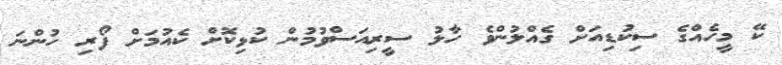
ކޭ މީހެއްގެ ސިކުޑިއަށް ގެއްލުންވެ ހާލު ސީރިއަސްވުމުން ކުޅިކޮށް ކެއުމަށް ފޯރި ހުންނަ